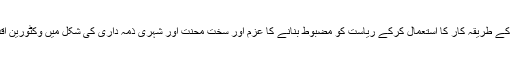
دعویدار قوم پرستی؛ کارکردگی کو بڑھانے کے لئے آزاد منڈی کے طریقہ کار کا استعمال کرکے ریاست کو مضبوط بنانے کا عزم اور سخت محنت اور شہری ذمہ داری کی شکل میں وکٹورین اقدار کا ایک اعتقاد ، جس نے انٹرپرائز کے اعتقاد کو کمزور کیا۔